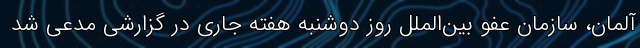
آلمان، سازمان عفو بین‌الملل روز دوشنبه هفته جاری در گزارشی مدعی شد